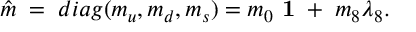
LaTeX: \hat { m } \; = \; d i a g ( m _ { u } , m _ { d } , m _ { s } ) = m _ { 0 } { \mathrm { \bf ~ 1 } } \; + \; m _ { 8 } \lambda _ { 8 } .